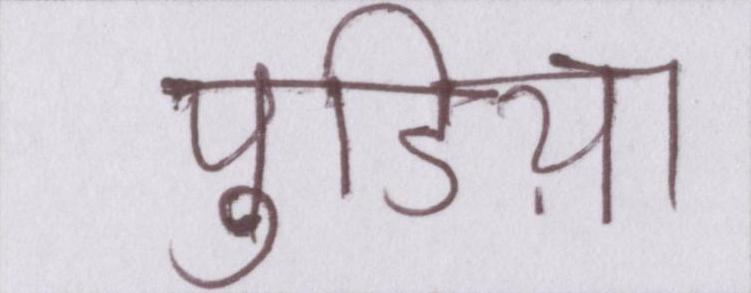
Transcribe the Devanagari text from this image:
पुडिय़ा